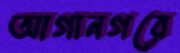
আগানগরে